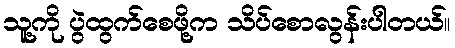
သူ့ကို ပွဲထွက်စေဖို့က သိပ်စောလွန်းပါတယ်။